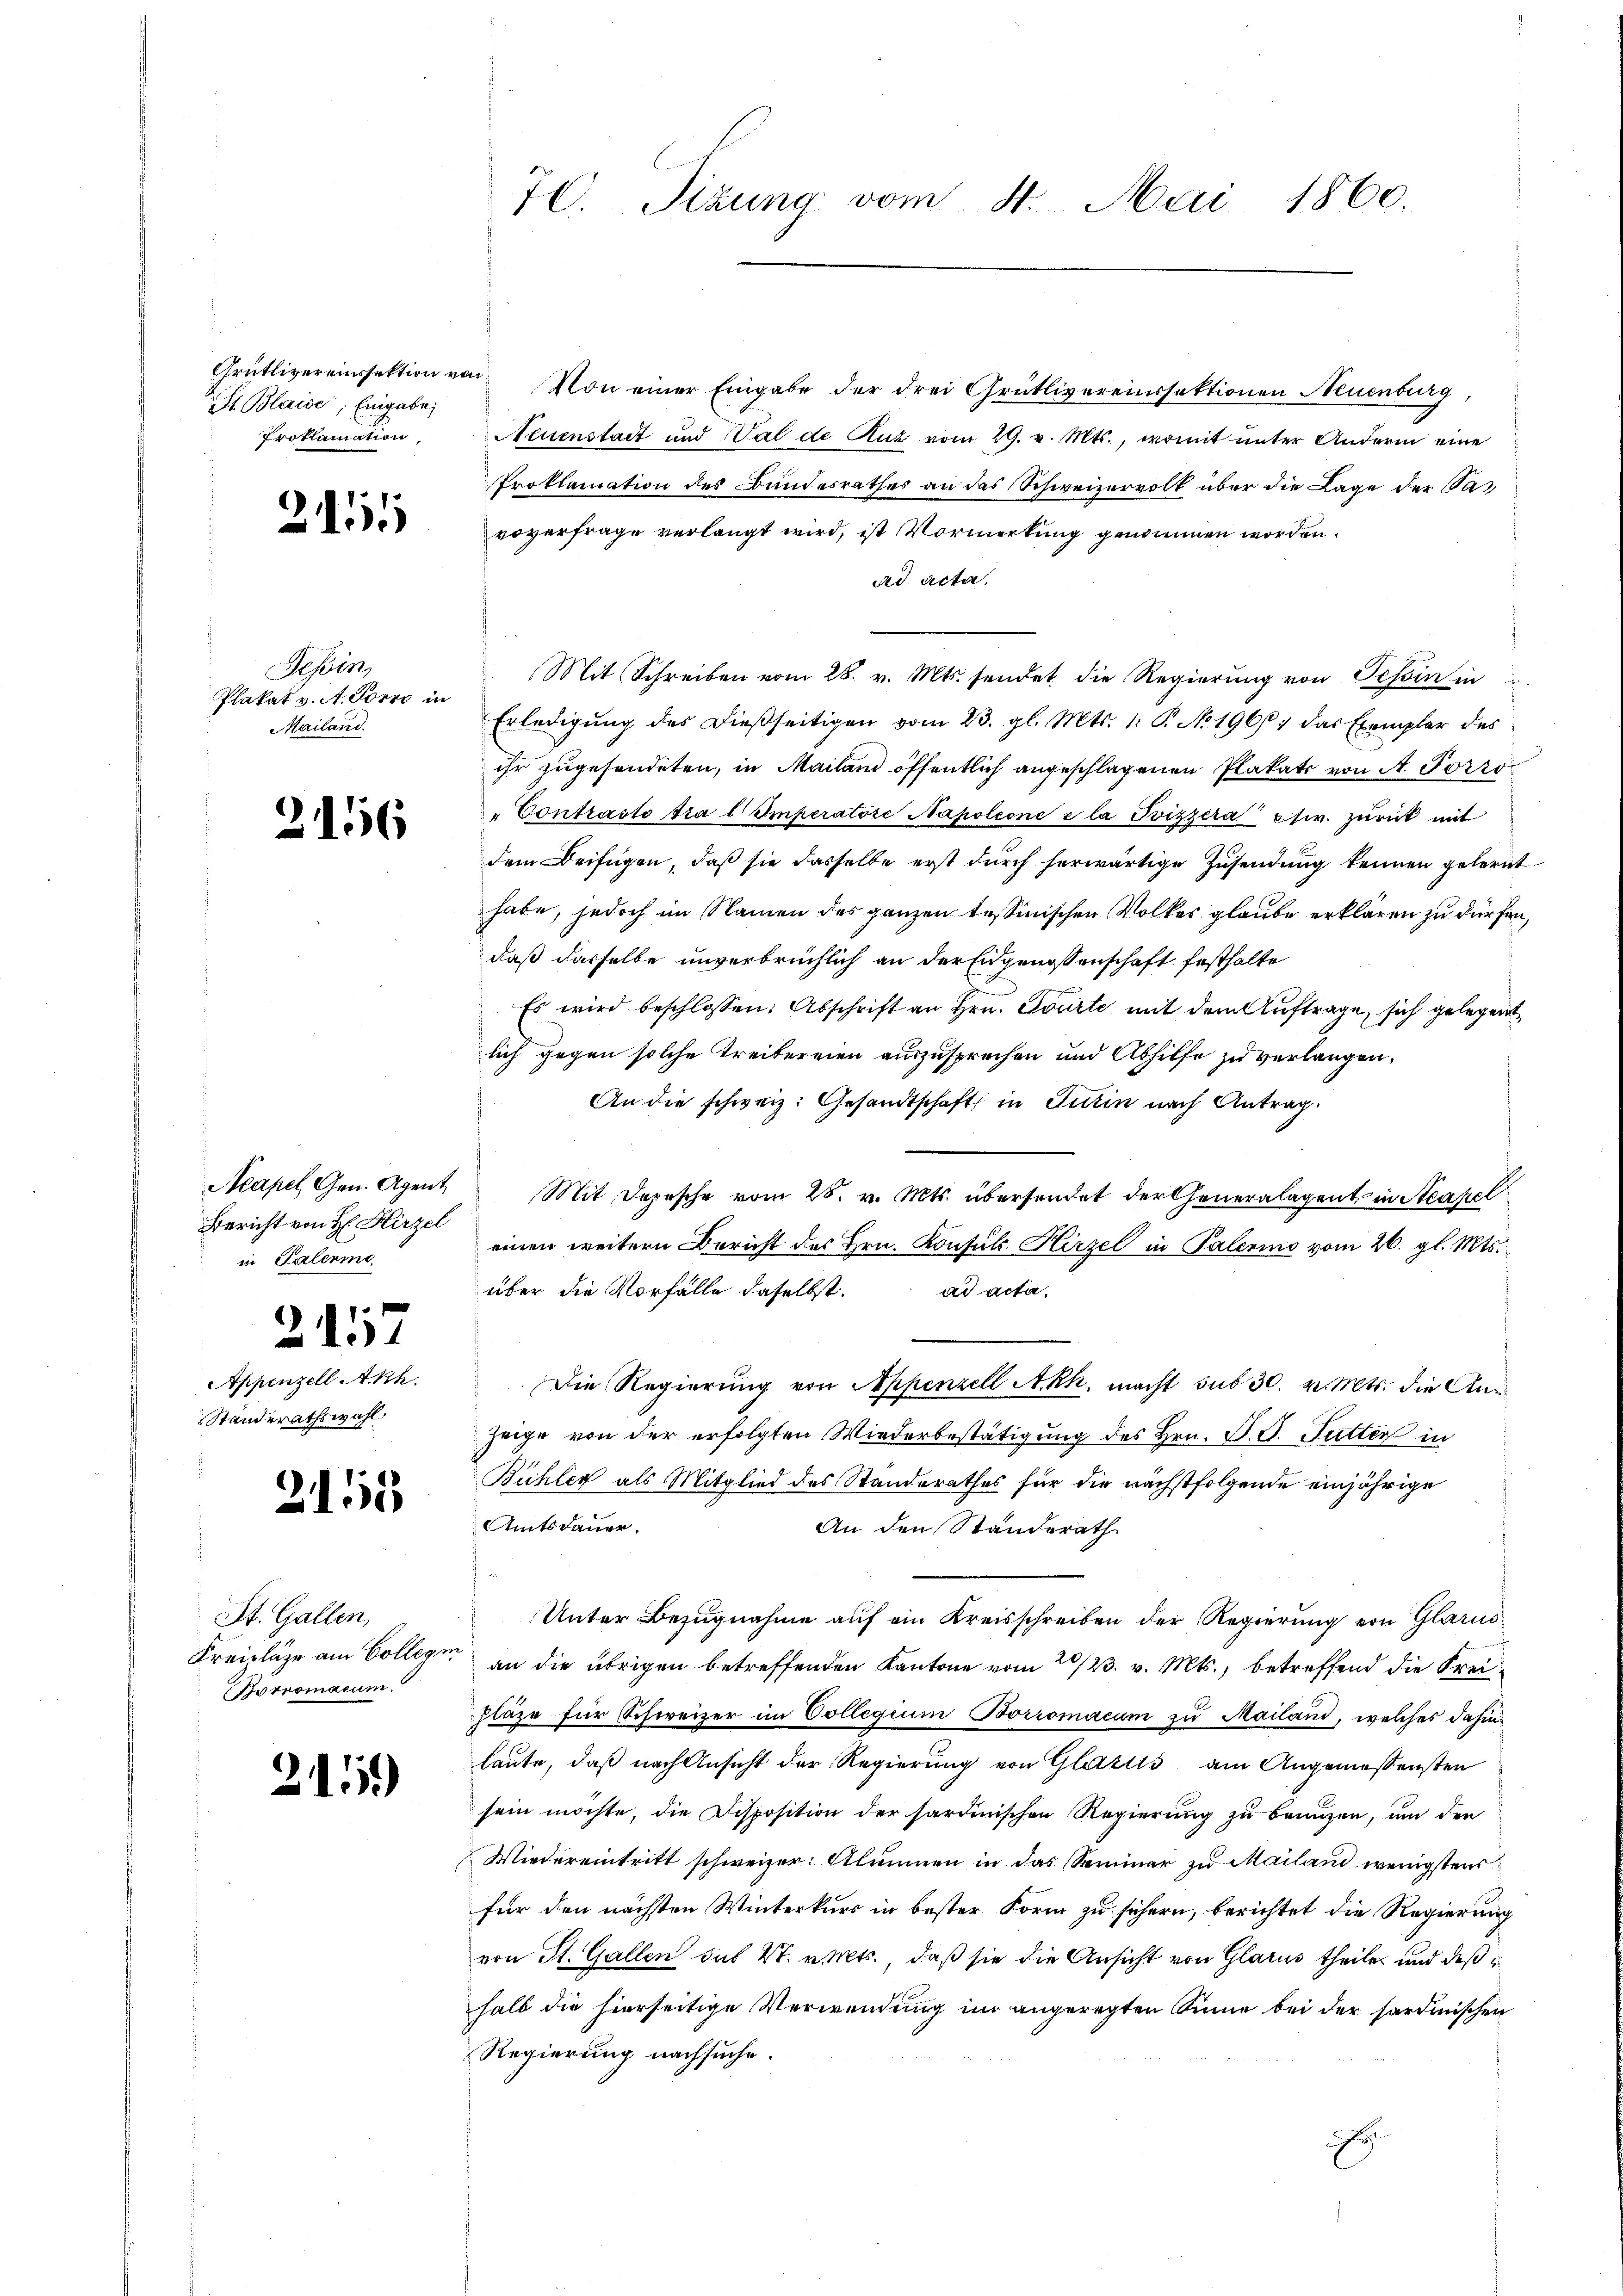
Grütlivereinssektion von
St. Blaise, Eingabe,
Proklamation,

Appenzell
Standeraths

2111

Tessin,
Plakat v. A. Forre in
Mailand.

2156

Acapel Gen. Agent
Bericht von H: Hirzel
in Palerme

257

2151

A.Rh.
ahl

St. Gallen,
Kreislage am Collegin
Porromacum.

2115)

70. Sizung vom 4. Mai 1860.

Von einer Eingabe der drei Grütlivereinssektionen Neuenburg,
Neuenstadt und Val de Ruz vom 29. v. Mts., womit unter Andern eine
Proklamation des Bundesrathes an das Schweizervolk über die Lage der Savoverfrage verlangt wird, ist Vormerkung genommen worden.
ad acta.
Mit Schreiben vom 28. v. Mts. sendet die Regierung von Tessin in
Erledigŭng des dießseitigen vom 23. gl. Mts. 1. P. No. 196, das Exemplar des
ihr zugesendeten, in Mailand öffentlich angeschlagenen Plakats von A. Forro¬
"Contrasto tra l Imperatore Napoleone e la Ovizzera etc. zŭrück mit
dem Beifügen, daß sie dasselbe erst durch herwärtige Zusendung kennen gelernt
habe, jedoch im Namen des ganzen tessinischen Volkes glaube erklären zu dürfen.
daß dasselbe unverbrüchlich an der Eidgenossenschaft festhalte
Es wird beschlossen: Abschrift an Hrn. Tourte mit dem Auftrage, sich gelegent
lich gegen solche Treibereien auszusprechen und Abhilfe zu verlangen.
An die schweiz. Gesandtschaft in Turin nach Antrag
Mit Depesche vom 25. v. Mts. übersendet der Generalagent in Acapel
einen weitern Bericht des Hrn. Konsuls Hirzel in Palerino vom 26. gl. Mts.
über die Vorfalle daselbst. ad acta
Die Regierung von Appenzell A.Rh. macht sub 30. v. Mts. die Auszeige von der erfolgten Wiederbestätigung des Hrn. F. J. Futter in
Bühler als Mitglied des Standerathes für die nächstfolgende einjährige
Amtsdauer.
An den Standerath
Unter Bezugnahme auf ein Kreisschreiben der Regierung von Glarus
an die übrigen betreffenden Kantone vom 20/23. v. Mts., betreffend die Freihläge für Schweizer im Collegium Borromacum zu Mailand, welches dahin
laute, daß nach Ansicht der Regierung von Glattels am Angemessensten
sein möchte, die Disposition der sardinischen Regierŭng zŭ bringen, ŭm den
Wiedereintritt schweizer. Alimen in das Seminar zu Mailand wenigstens
für den nächsten Winterkurs in bester Form zu sichern, berichtet die Regierung
von St. Gallen das V. v. Mts., daß sie die Ansicht von Glarus theile und daß
halb die hierseitige Verwendung im angeregten Sinne bei der sardinischen
Regierung nachsuche.
h